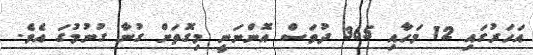
އަހަރުގައި 12 މަހާއި 365 ދުވަސް އޮންނަނީ މިގޮތަށް ގުނާ ގުނުމުގަ އެވެ.